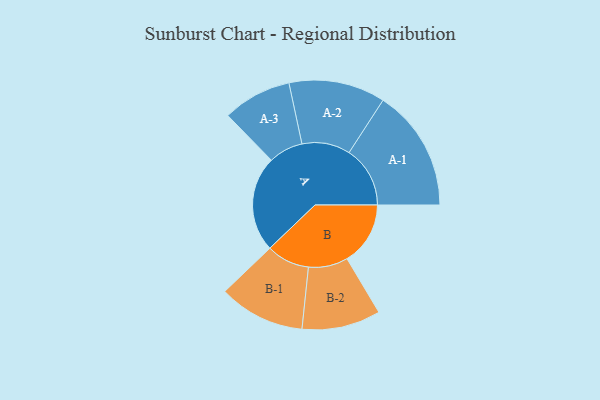
{"axis": {"x": "Segment", "y": "Value"}, "legend": ["", "A", "B"], "data": [{"x": "A", "y": 411, "type": ""}, {"x": "B", "y": 272, "type": ""}, {"x": "A-1", "y": 262, "type": "A"}, {"x": "A-2", "y": 207, "type": "A"}, {"x": "A-3", "y": 148, "type": "A"}, {"x": "B-1", "y": 185, "type": "B"}, {"x": "B-2", "y": 169, "type": "B"}]}